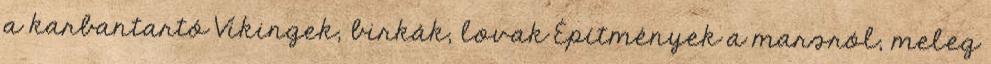
a karbantartó Vikingek, birkák, lovak Építmények a marsról, meleg